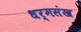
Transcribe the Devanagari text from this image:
धर्मसंख